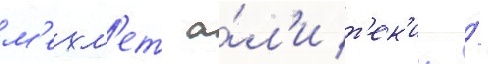
м'ехм'ет а́л'и т'ек'ин /